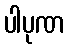
ပါပုဏ